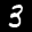
Label: 3